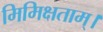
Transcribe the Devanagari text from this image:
मिमिक्षताम्।